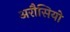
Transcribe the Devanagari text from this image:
अरौसियो